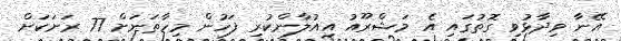
އޭނާ ވިދާޅުވި ގޮތުގައި އެ މަޝްރޫއު އިއުލާންކުރި ފަހުން މިހާތަނަށް 77 ރަށަކަށް